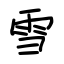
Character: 雪